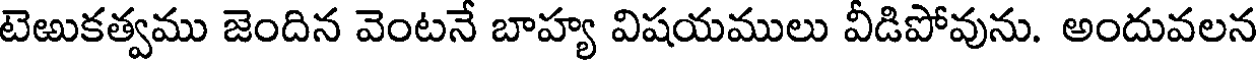
టెఱుకత్వము జెందిన వెంటనే బాహ్య విషయములు వీడిపోవును. అందువలన